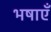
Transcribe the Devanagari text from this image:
भषाएँ